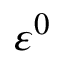
\varepsilon ^ { 0 }